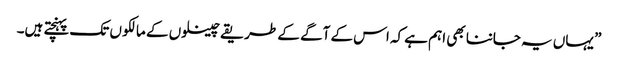
” یہاں یہ جاننا بھی اہم ہے کہ اس کے آگے کے طریقے چینلوں کے مالکو ں تک پہنچتے ہیں۔